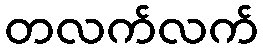
တလက်လက်